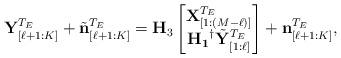
LaTeX: \begin{align*}\mathbf{Y}^{T_E}_{[\ell+1:K]} + \tilde{\mathbf{n}}^{T_E}_{[\ell+1:K]} &= \mathbf{H}_3 \begin{bmatrix}\mathbf{X}_{[1:(M-\ell)]}^{T_E}\\ \mathbf{H_1}^{\dagger}\tilde{\mathbf{Y}}^{T_E}_{[1:\ell]} \end{bmatrix} + \mathbf{n}_{[\ell+1:K]}^{T_E},\end{align*}